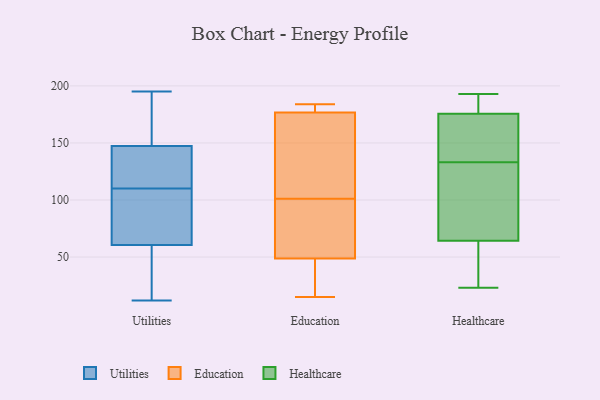
{"axis": {"x": "Inventory Turnover", "y": "Value"}, "legend": ["Education", "Healthcare", "Utilities"], "data": [{"x": "", "y": 86, "type": "Utilities"}, {"x": "", "y": 195, "type": "Utilities"}, {"x": "", "y": 152, "type": "Utilities"}, {"x": "", "y": 96, "type": "Utilities"}, {"x": "", "y": 139, "type": "Utilities"}, {"x": "", "y": 46, "type": "Utilities"}, {"x": "", "y": 148, "type": "Utilities"}, {"x": "", "y": 145, "type": "Utilities"}, {"x": "", "y": 110, "type": "Utilities"}, {"x": "", "y": 56, "type": "Utilities"}, {"x": "", "y": 140, "type": "Utilities"}, {"x": "", "y": 74, "type": "Utilities"}, {"x": "", "y": 47, "type": "Utilities"}, {"x": "", "y": 52, "type": "Utilities"}, {"x": "", "y": 96, "type": "Utilities"}, {"x": "", "y": 155, "type": "Utilities"}, {"x": "", "y": 12, "type": "Utilities"}, {"x": "", "y": 195, "type": "Utilities"}, {"x": "", "y": 141, "type": "Utilities"}, {"x": "", "y": 48, "type": "Education"}, {"x": "", "y": 182, "type": "Education"}, {"x": "", "y": 184, "type": "Education"}, {"x": "", "y": 49, "type": "Education"}, {"x": "", "y": 166, "type": "Education"}, {"x": "", "y": 97, "type": "Education"}, {"x": "", "y": 121, "type": "Education"}, {"x": "", "y": 15, "type": "Education"}, {"x": "", "y": 98, "type": "Education"}, {"x": "", "y": 47, "type": "Education"}, {"x": "", "y": 175, "type": "Education"}, {"x": "", "y": 101, "type": "Education"}, {"x": "", "y": 182, "type": "Education"}, {"x": "", "y": 43, "type": "Healthcare"}, {"x": "", "y": 105, "type": "Healthcare"}, {"x": "", "y": 23, "type": "Healthcare"}, {"x": "", "y": 151, "type": "Healthcare"}, {"x": "", "y": 65, "type": "Healthcare"}, {"x": "", "y": 158, "type": "Healthcare"}, {"x": "", "y": 177, "type": "Healthcare"}, {"x": "", "y": 143, "type": "Healthcare"}, {"x": "", "y": 62, "type": "Healthcare"}, {"x": "", "y": 61, "type": "Healthcare"}, {"x": "", "y": 175, "type": "Healthcare"}, {"x": "", "y": 124, "type": "Healthcare"}, {"x": "", "y": 192, "type": "Healthcare"}, {"x": "", "y": 133, "type": "Healthcare"}, {"x": "", "y": 185, "type": "Healthcare"}, {"x": "", "y": 193, "type": "Healthcare"}, {"x": "", "y": 107, "type": "Healthcare"}]}